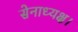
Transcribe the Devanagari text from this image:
सेनाध्यक्ष।